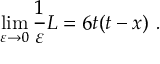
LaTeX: \operatorname* { l i m } _ { \varepsilon \to 0 } { \frac { 1 } { \varepsilon } } L = 6 t ( t - x ) \ .